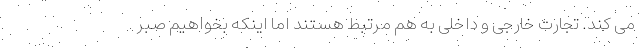
می کند. تجارت خارجی و داخلی به هم مرتبط هستند اما اینکه بخواهیم صبر